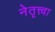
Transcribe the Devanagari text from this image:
नेतृत्त्वा